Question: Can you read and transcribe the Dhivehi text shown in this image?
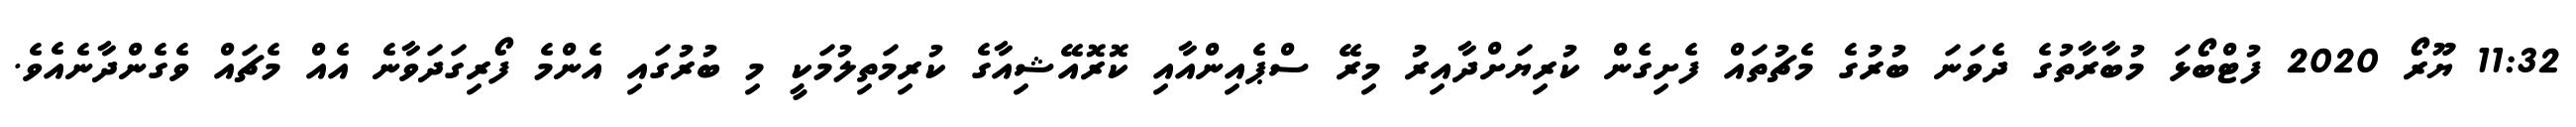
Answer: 11:32 ޔޫރޯ 2020 ފުޓްބޯޅަ މުބާރާތުގެ ދެވަނަ ބުރުގެ މެޗުތައް ފެށިގެން ކުރިޔަށްދާއިރު މިރޭ ސްޕެއިންއާއި ކޮރޮއޭޝިއާގެ ކުރިމަތިލުމަކީ މި ބުރުގައި އެންމެ ފޯރިގަދަވާނެ އެއް މެޗައް ވެގެންދާނެއެވެ.